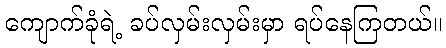
ကျောက်ခုံရဲ့ ခပ်လှမ်းလှမ်းမှာ ရပ်နေကြတယ်။